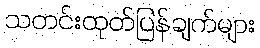
သတင်းထုတ်ပြန်ချက်များ